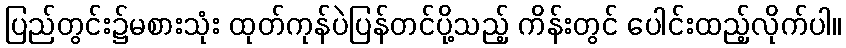
ပြည်တွင်း၌မစားသုံး ထုတ်ကုန်ပဲပြန်တင်ပို့သည့် ကိန်းတွင် ပေါင်းထည့်လိုက်ပါ။